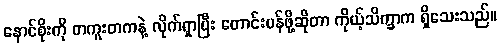
နောင်စိုးကို တကူးတကနဲ့ လိုက်ရှာပြီး တောင်းပန်ဖို့ဆိုတာ ကိုယ့်သိက္ခာက ရှိသေးသည်။